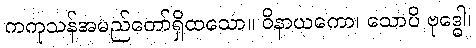
ကကုသန်အမည်တော်ရှိထသော။ ဝိနာယကော၊ သောပိ ဗုဒ္ဓေါ၊